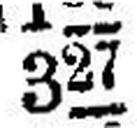
327